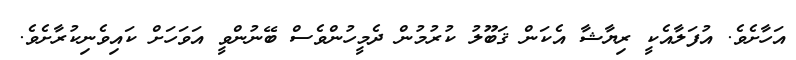
އަހާށެވެ. އުފަލާއެކީ ރިޔާޝާ އެކަން ޤަބޫލު ކުރުމުން ދެމީހުންވެސް ބޭނުންވީ އަވަހަށް ކައިވެނިކުރާށެވެ.